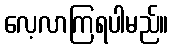
လေ့လာကြရပါမည်။